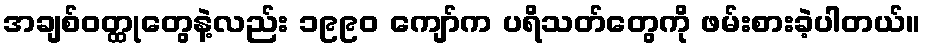
အချစ်ဝတ္ထုတွေနဲ့လည်း ၁၉၉၀ ကျော်က ပရိသတ်တွေကို ဖမ်းစားခဲ့ပါတယ်။